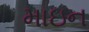
માઇન